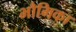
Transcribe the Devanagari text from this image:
भौमिका